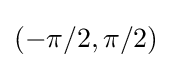
(-\pi /2,\pi /2)